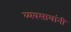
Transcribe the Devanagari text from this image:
व्यवसायांनी